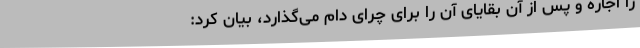
را اجاره و پس از آن بقایای آن را برای چرای دام می‌گذارد، بیان کرد: